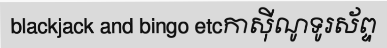
blackjack and bingo etcកាស៊ីណូទូរស័ព្ទ